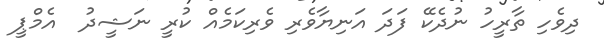
ދިވެހި ތާރީހު ނުދެކޭ ފަދަ އަނިޔާވެރި ވެރިކަމެއް ކުރީ ނަޝީދު  އެމްޕީ